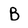
Character: B